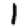
Digit: 1